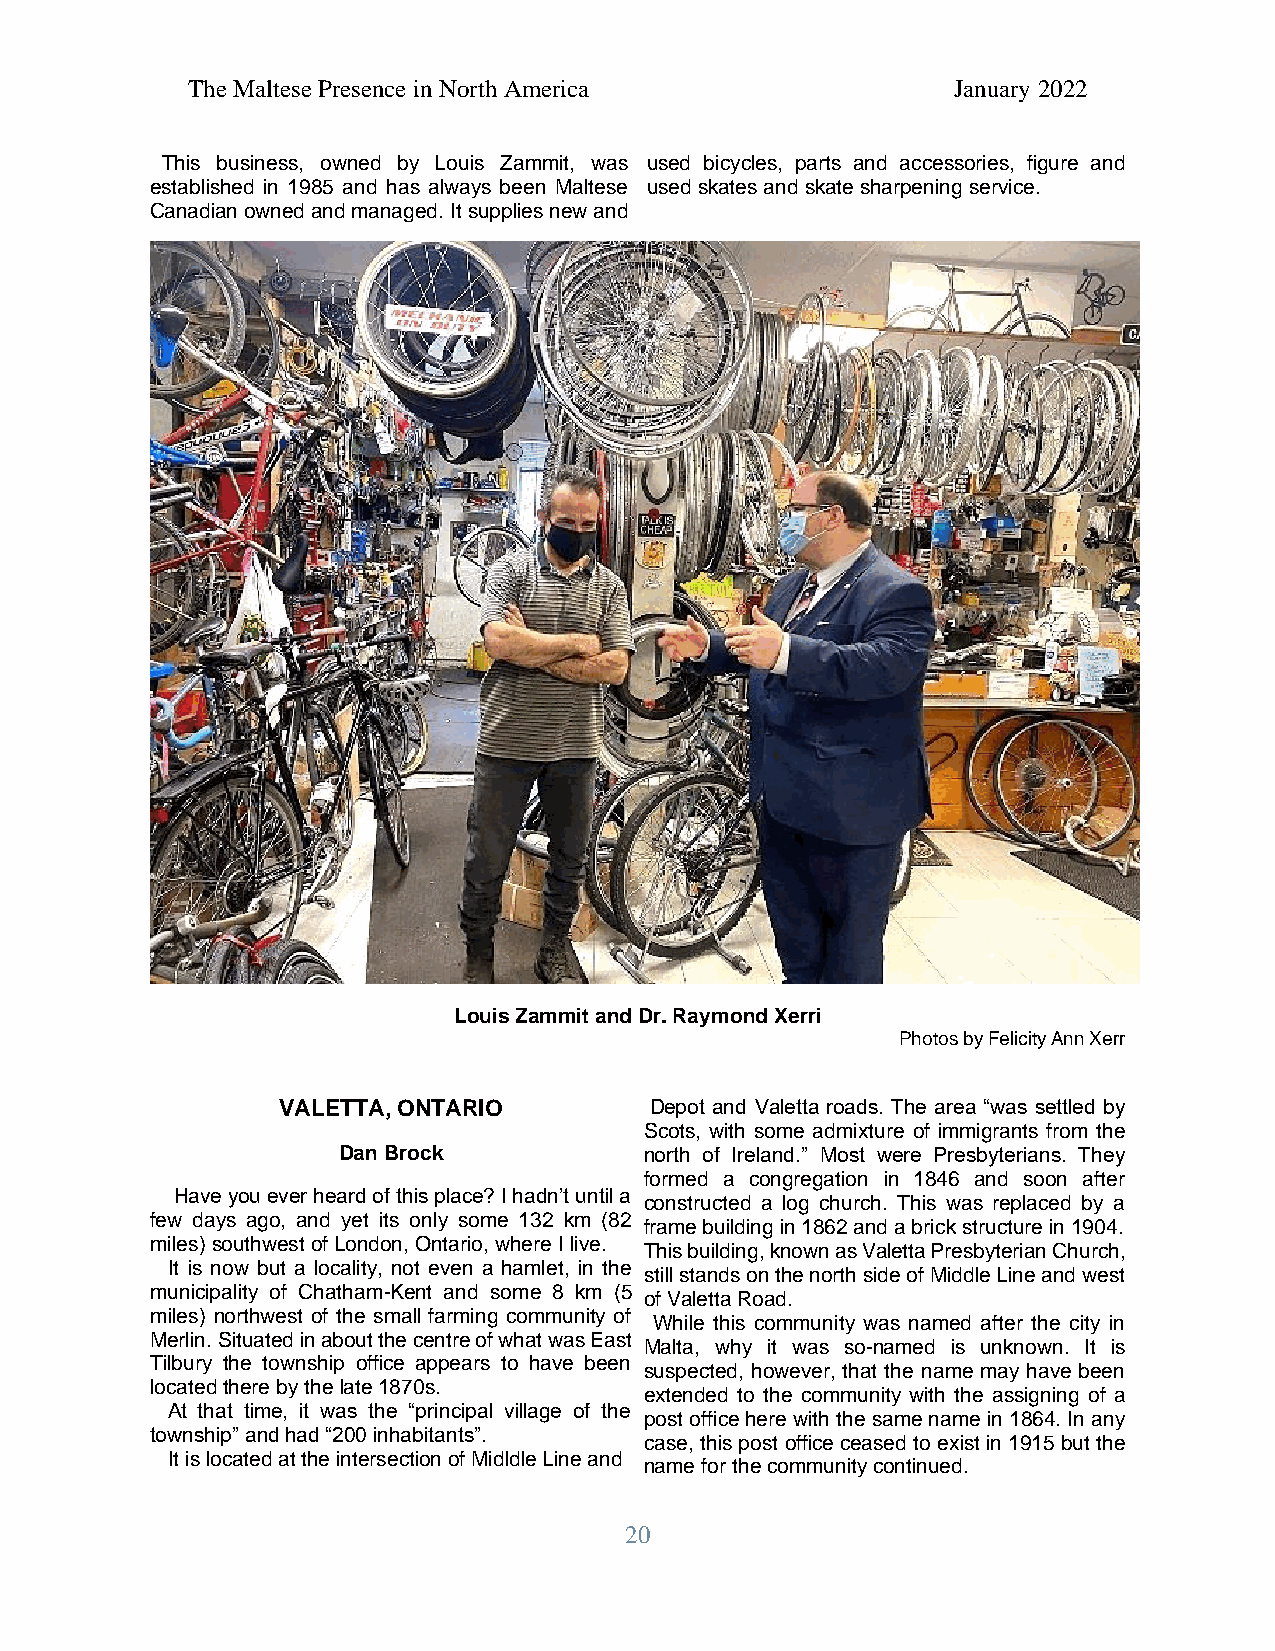
The Maltese Presence in North America              January 2022
 This business, owned by Louis Zammit, was used bicycles, parts and accessories, figure and
 established in 1985 and has always been Maltese used skates and skate sharpening service.
 Canadian owned and managed. It supplies new and
 Louis Zammit and Dr. Raymond Xerri
 Photos by Felicity Ann Xerr
 VALETTA, ONTARIO         Depot and Valetta roads. The area “was settled by
 Scots, with some admixture of immigrants from the
 Dan Brock            north of Ireland.” Most were Presbyterians. They
 formed a congregation in 1846 and soon after
 Have you ever heard of this place? I hadn’t until a
 constructed a log church. This was replaced by a
 few days ago, and yet its only some 132 km (82
 frame building in 1862 and a brick structure in 1904.
 miles) southwest of London, Ontario, where I live.
 This building, known as Valetta Presbyterian Church,
 It is now but a locality, not even a hamlet, in the
 still stands on the north side of Middle Line and west
 municipality of Chatham-Kent and some 8 km (5
 of Valetta Road.
 miles) northwest of the small farming community of
 While this community was named after the city in
 Merlin. Situated in about the centre of what was East
 Malta, why it was so-named is unknown. It is
 Tilbury the township office appears to have been
 suspected, however, that the name may have been
 located there by the late 1870s.
 extended to the community with the assigning of a
 At that time, it was the “principal village of the
 post office here with the same name in 1864. In any
 township” and had “200 inhabitants”.
 case, this post office ceased to exist in 1915 but the
 It is located at the intersection of Midldle Line and
 name for the community continued.
 20